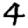
Digit: 4